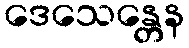
ဒေသေန္တေန